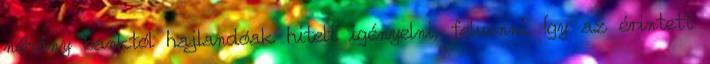
néhány banktól hajlandóak hitelt igényelni, felvenni. Így az érintett